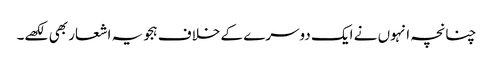
چنانچہ انہوں نے ایک دوسرے کے خلاف ہجویہ اشعار بھی لکھے۔